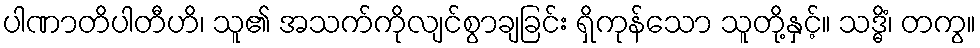
ပါဏာတိပါတီဟိ၊ သူ၏ အသက်ကိုလျင်စွာချခြင်း ရှိကုန်သော သူတို့နှင့်။ သဒ္ဓိံ၊ တကွ။